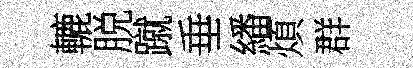
轆脱蹴垂繙煩群